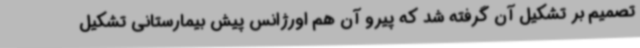
تصمیم بر تشکیل آن گرفته شد که پیرو آن هم اورژانس پیش بیمارستانی تشکیل